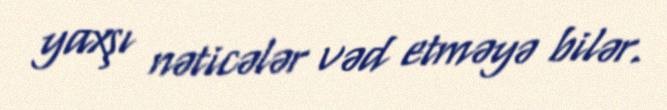
yaxşı nəticələr vəd etməyə bilər.